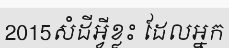
2015សំដីអ្វីខ្លះ ដែលអ្នក